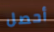
أحصل